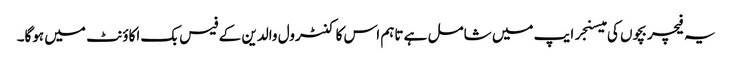
یہ فیچر بچوں کی میسنجر ایپ میں شامل ہے تاہم اس کا کنٹرول والدین کے فیس بک اکاؤنٹ میں ہوگا۔